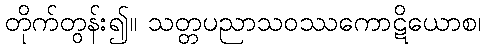
တိုက်တွန်း၍။ သတ္တပညာသဝဿကောဋိယောစ၊